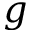
g